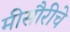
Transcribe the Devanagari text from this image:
मीसौरीचे